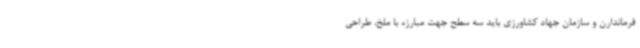
فرماندارن و سازمان جهاد کشاورزی باید سه سطح جهت مبارزه با ملخ، طراحی